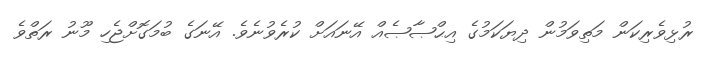
ރުޅިވެރިކަން މަތިވަމުން ދިޔަކަމުގެ އިޙްޞާޞެއް އޭނައަށް ކުރެވުނެވެ. އޭނަގެ ބުމަގޮށްޖެހި މޫނު ރަތްވެ